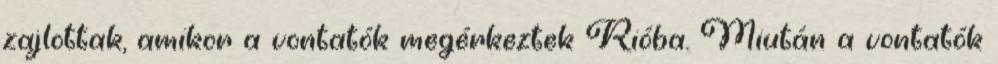
zajlottak, amikor a vontatók megérkeztek Rióba. Miután a vontatók